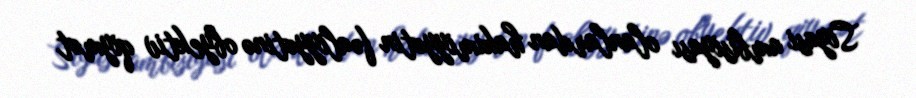
Siyasi ambisiyası olanlardan hakimiyyətin fəaliyyətinə obyektiv qiymət